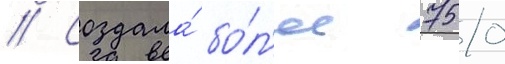
// Создала́ бо́л'ее 750